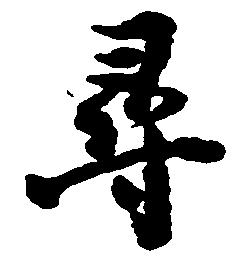
尋